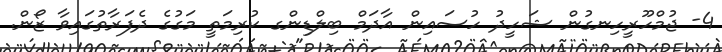
4- ޖުމްހޫރީހިނގުން ޝަހީދު ހުސައިން އާދަމް ބިލްޑިންގ ކުރިމަތީ މަގުގެ ދެފަރާތުގައިވާ ޒޯން.